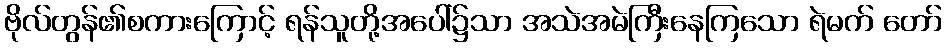
ဗိုလ်တွန်၏စကားကြောင့် ရန်သူတို့အပေါ်၌သာ အသဲအမဲကြီးနေကြသော ရဲမက် တော်